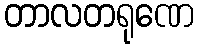
တာလတရုဏေ